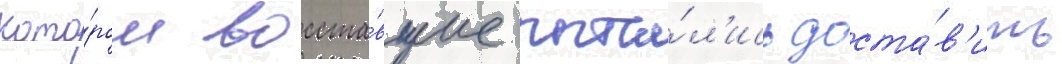
кото́ром восста́вшие пыта́л'ись доста́в'ить